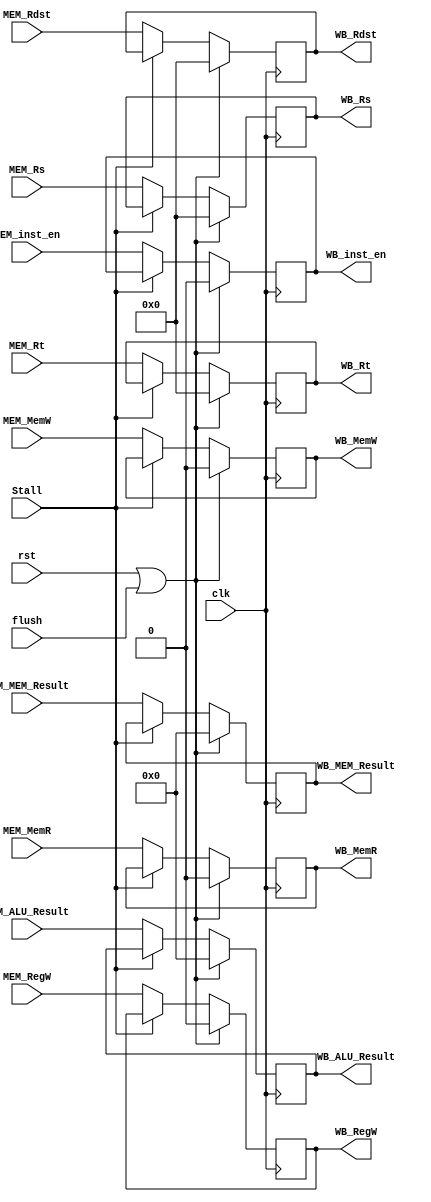
// 2016.06.28
// Project      : Ssmple MIPS 
// Creator(s)   : Yang, Yu-Xiang (M10412034@yuntech.edu.tw)
// 
//
//
//  Description: Ssmple MIPS to compare Out of execution
//  
//

module MEM_WB(
input clk,rst,
input Stall,
input flush,

input MEM_inst_en,
input [31:0]MEM_ALU_Result,MEM_MEM_Result,
input [4:0]MEM_Rs,
input [4:0]MEM_Rt,
input [4:0]MEM_Rdst,
input MEM_RegW,
input MEM_MemR,
input MEM_MemW,

output reg [31:0]WB_ALU_Result,WB_MEM_Result,
output reg [4:0]WB_Rs,
output reg [4:0]WB_Rt,
output reg [4:0]WB_Rdst,
output reg WB_RegW,
output reg WB_MemR,
output reg WB_MemW,
output reg WB_inst_en

);

always@(posedge clk)begin
	if(rst|flush)begin
		WB_ALU_Result<=32'd0;
		WB_MEM_Result<=32'd0;
		WB_Rs        <=5'b0;
		WB_Rt        <=5'b0;
		WB_Rdst      <=5'b0;		
		WB_RegW      <=1'b0;
		WB_MemR      <=1'b0;
		WB_MemW      <=1'b0;
		WB_inst_en   <=1'b0;
		end
	else if(!Stall)begin
		WB_ALU_Result<=MEM_ALU_Result;
		WB_MEM_Result<=MEM_MEM_Result;
		WB_Rs        <=MEM_Rs;
		WB_Rt        <=MEM_Rt;
		WB_Rdst      <=MEM_Rdst;
		WB_RegW      <=MEM_RegW;
		WB_MemR      <=MEM_MemR;
		WB_MemW      <=MEM_MemW;
		WB_inst_en   <=MEM_inst_en;
		end
	end

endmodule